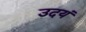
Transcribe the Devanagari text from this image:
उदयं